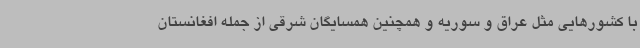
با کشورهایی مثل عراق و سوریه و همچنین همسایگان شرقی از جمله افغانستان